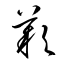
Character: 歎